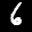
Label: 6